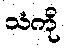
သံကို